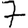
Digit: 7